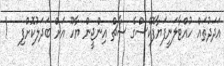
އަދަދުތައް ހުއްޓާލަނީފަޔާފޮކްސްގެ ސާޗް އިންޖީން ޔާހޫ އަށް ބަދަލުކޮށްފި   !